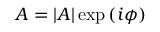
A = | A | \exp { ( i \phi ) }